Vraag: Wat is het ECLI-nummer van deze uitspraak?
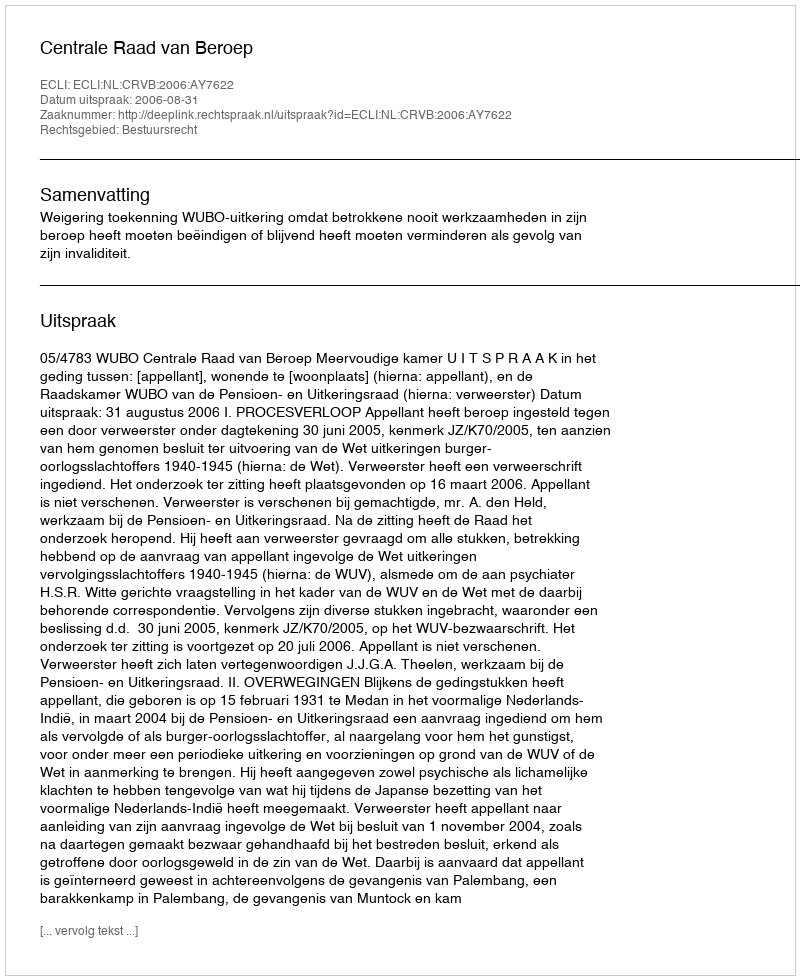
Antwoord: ECLI:NL:CRVB:2006:AY7622